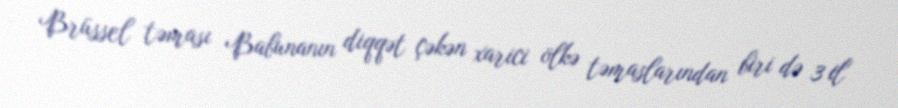
Brüssel təması Babunanın diqqət çəkən xarici ölkə təmaslarından biri də 3 il